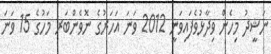
ނަޝީދު މިހެން ވިދާޅުވެފައިވަނީ 2012 ވަނަ އަހަރުގެ ނޮވެންބަރ މަހުގެ 15 ވަނަ